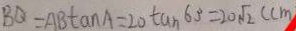
B Q = A B \tan A = 2 0 \tan 6 0 ^ { \circ } = 2 0 \sqrt { 2 } ( c m )